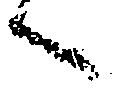
々